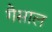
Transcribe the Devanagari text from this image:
गैसाल